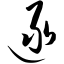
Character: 逯